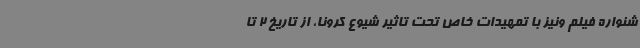
شنواره فیلم ونیز با تمهیدات خاص تحت تاثیر شیوع کرونا، از تاریخ 2 تا